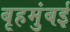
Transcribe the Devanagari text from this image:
बृहमुंबई